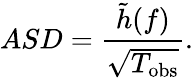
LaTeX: ASD=\frac{\tilde{h}(f)}{\sqrt{T_{\mathrm{obs}}}}.